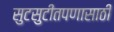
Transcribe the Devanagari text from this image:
सुटसुटीतपणासाठी